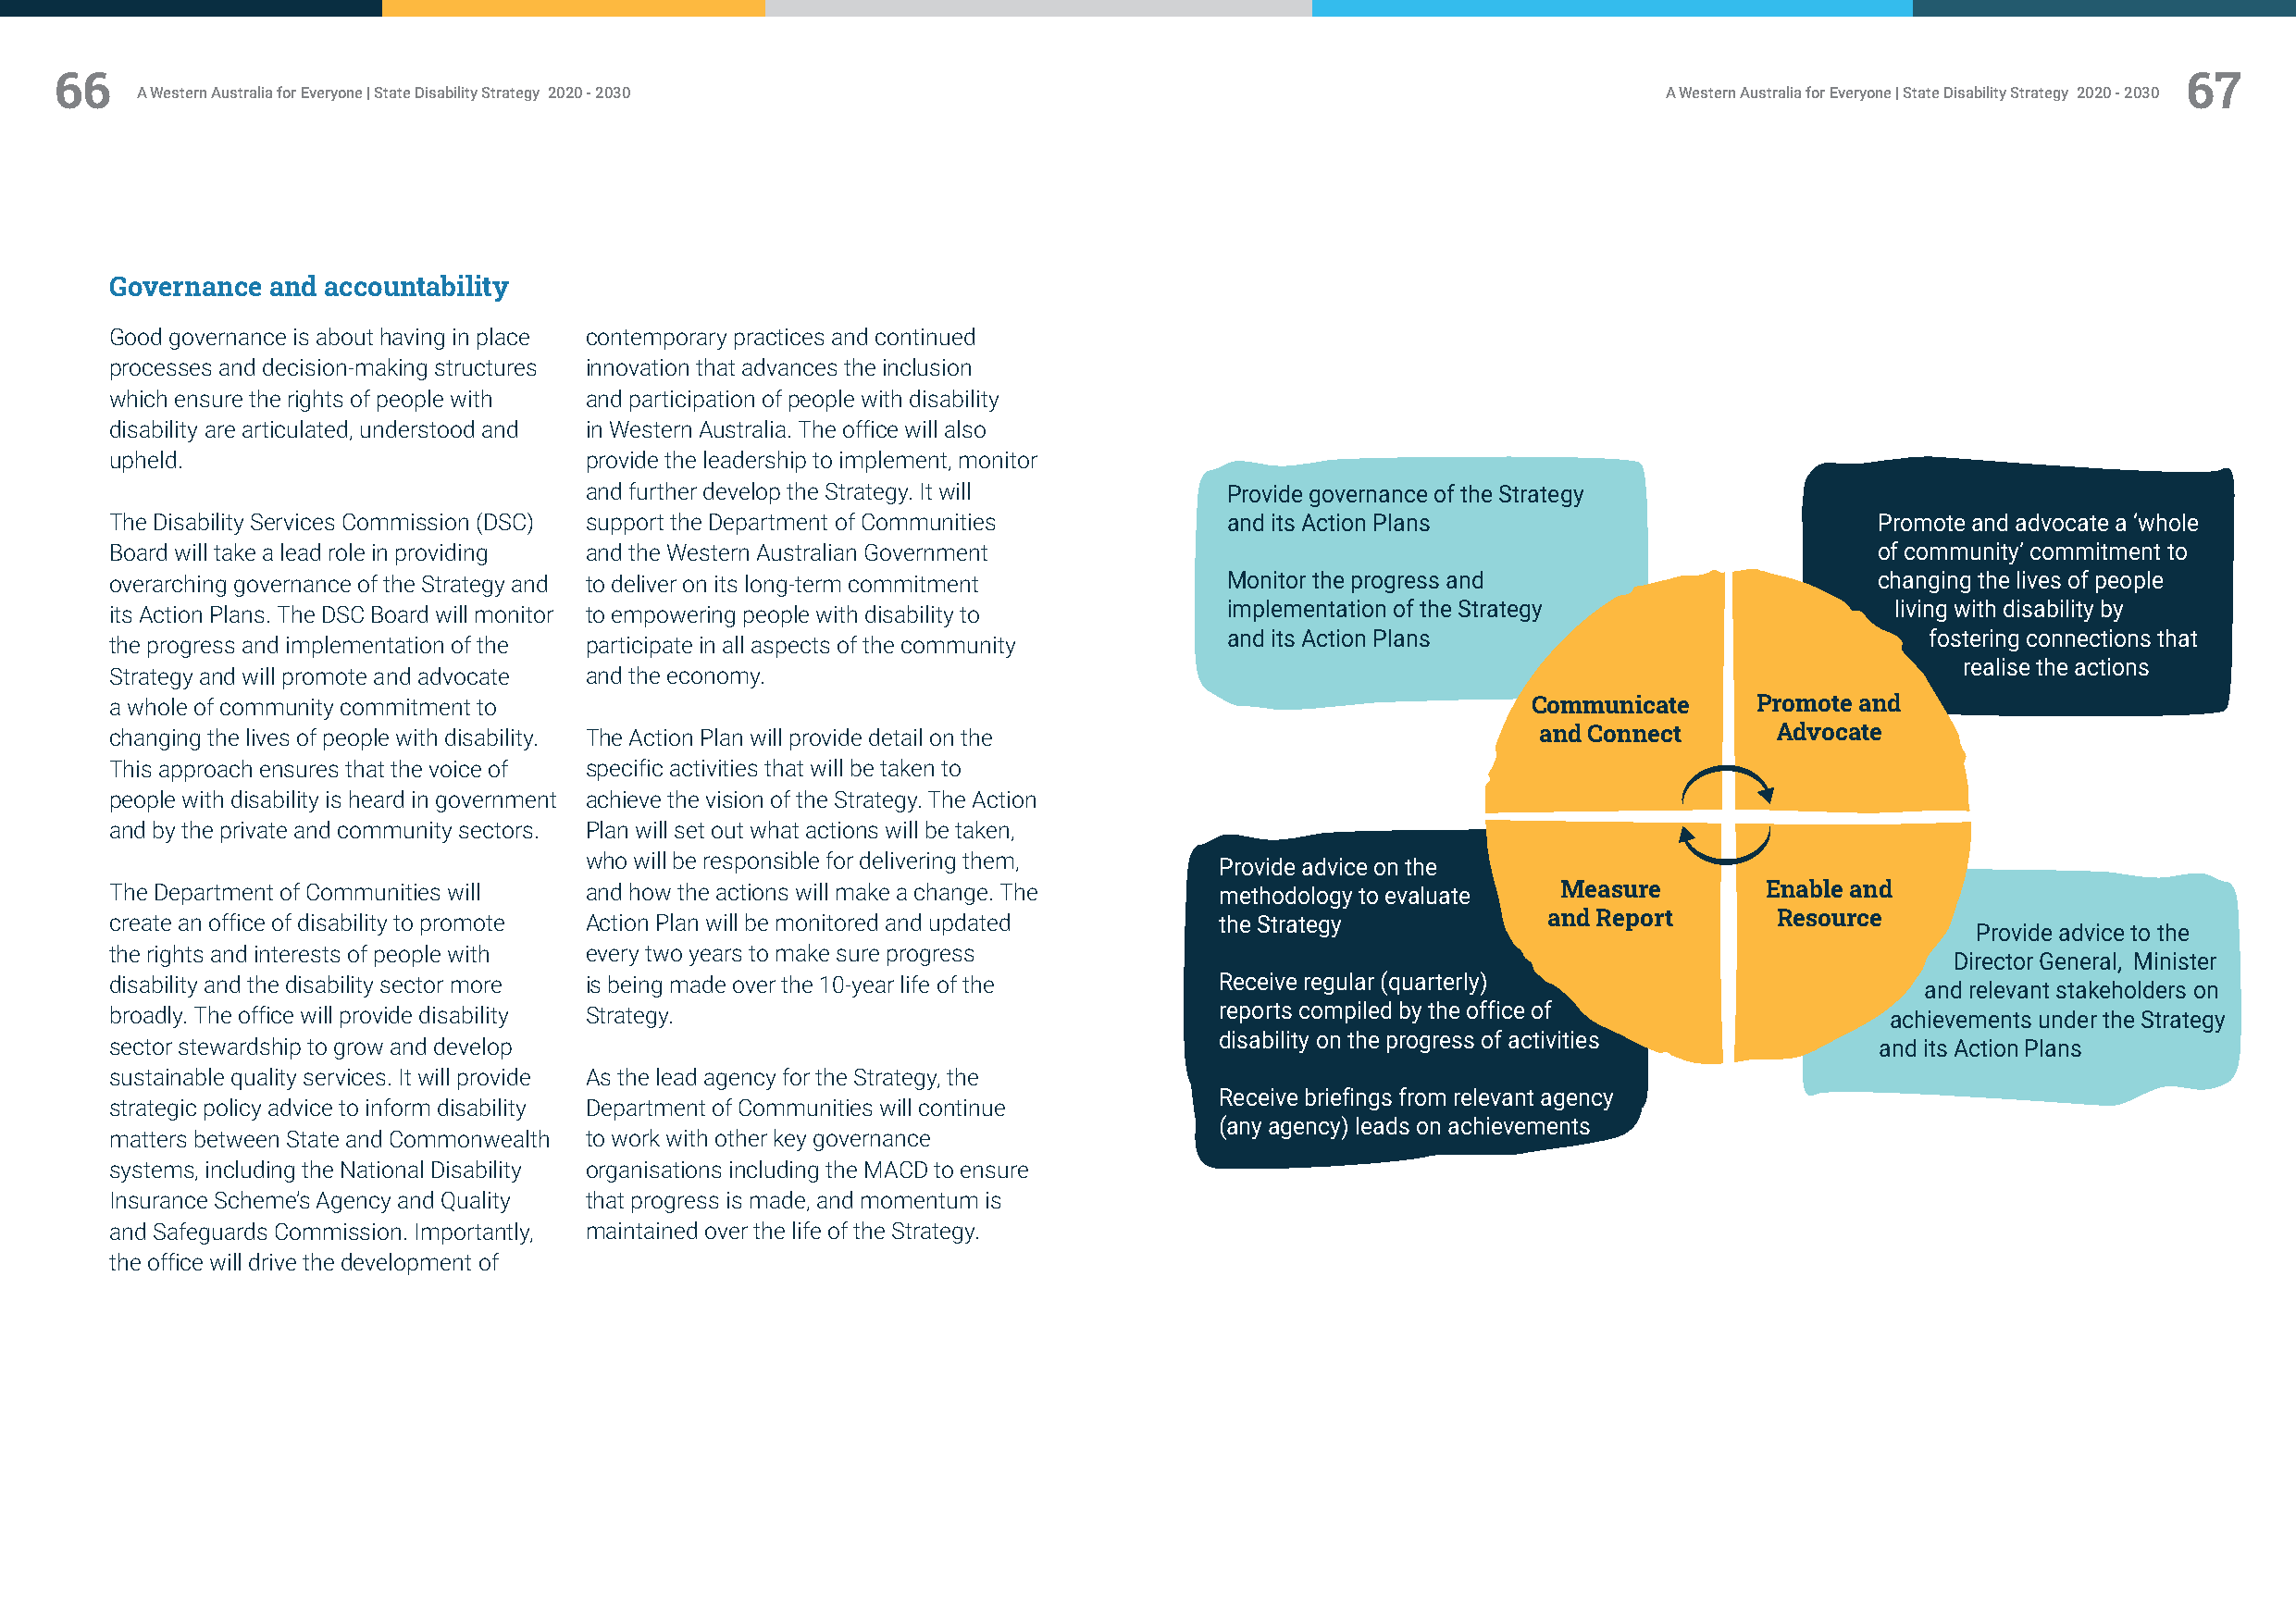
66                                                                                                                                                      67
 A Western Australia for Everyone | State Disability Strategy 2020 - 2030                                     A Western Australia for Everyone | State Disability Strategy 2020 - 2030
 Governance and accountability
 Good governance is about having in place contemporary practices and continued
 processes and decision-making structures innovation that advances the inclusion
 which ensure the rights of people with and participation of people with disability
 disability are articulated, understood and in Western Australia. The office will also
 upheld.                           provide the leadership to implement, monitor
 and further develop the Strategy. It will     Provide governance of the Strategy
 The Disability Services Commission (DSC) support the Department of Communities  and its Action Plans                          Promote and advocate a ‘whole
 Board will take a lead role in providing and the Western Australian Government                                                of community’ commitment to
 overarching governance of the Strategy and to deliver on its long-term commitment Monitor the progress and                    changing the lives of people
 its Action Plans. The DSC Board will monitor to empowering people with disability to implementation of the Strategy             living with disability by
 and its Action Plans                              fostering connections that
 the progress and implementation of the participate in all aspects of the community
 realise the actions
 Strategy and will promote and advocate and the economy.
 a whole of community commitment to                                                                    Communicate     Promote and
 changing the lives of people with disability. The Action Plan will provide detail on the              and Connect      Advocate
 This approach ensures that the voice of specific activities that will be taken to
 people with disability is heard in government achieve the vision of the Strategy. The Action
 and by the private and community sectors. Plan will set out what actions will be taken,
 who will be responsible for delivering them, Provide advice on the
 The Department of Communities will and how the actions will make a change. The methodology to evaluate  Measure       Enable and
 create an office of disability to promote Action Plan will be monitored and updated the Strategy       and Report      Resource
 Provide advice to the
 the rights and interests of people with every two years to make sure progress
 Director General, Minister
 disability and the disability sector more is being made over the 10-year life of the Receive regular (quarterly)                  and relevant stakeholders on
 broadly. The office will provide disability Strategy.                          reports compiled by the office of               achievements under the Strategy
 disability on the progress of activities
 sector stewardship to grow and develop                                                                                        and its Action Plans
 sustainable quality services. It will provide As the lead agency for the Strategy, the
 Receive briefings from relevant agency
 strategic policy advice to inform disability Department of Communities will continue
 (any agency) leads on achievements
 matters between State and Commonwealth to work with other key governance
 systems, including the National Disability organisations including the MACD to ensure
 Insurance Scheme’s Agency and Quality that progress is made, and momentum is
 and Safeguards Commission. Importantly, maintained over the life of the Strategy.
 the office will drive the development of